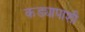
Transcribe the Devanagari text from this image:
कड्यापाशी